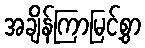
အချိန်ကြာမြင့်စွာ